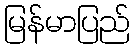
မြန်မာပြည်